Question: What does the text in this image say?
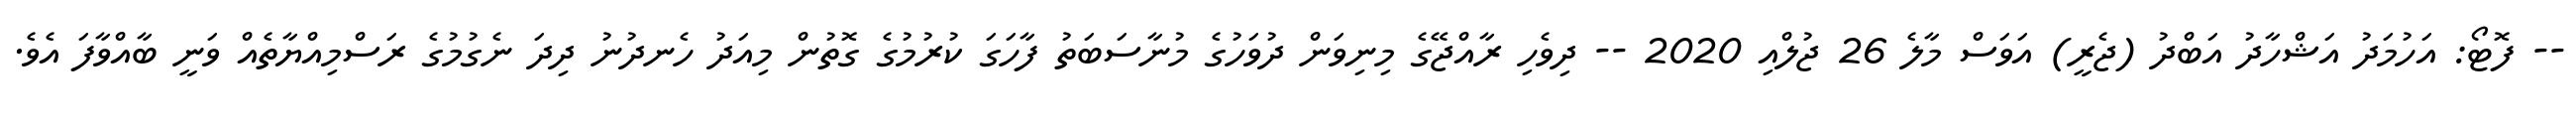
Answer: -- ފޮޓޯ: އަހުމަދު އަޝްހާދު އަބްދު (ޖެރީ) އަވަސް މާލެ 26 ޖުލްއި 2020 -- ދިވެހި ރާއްޖޭގެ މިނިވަން ދުވަހުގެ މުނާސަބަތު ފާހަގަ ކުރުމުގެ ގޮތުން މިއަދު ހެނދުނު ދިދަ ނެގުމުގެ ރަސްމިއްޔާތެއް ވަނީ ބާއްވާފަ އެވެ.